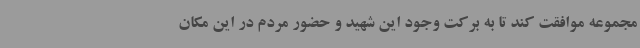
مجموعه موافقت کند تا به برکت وجود این شهید و حضور مردم در این مکان